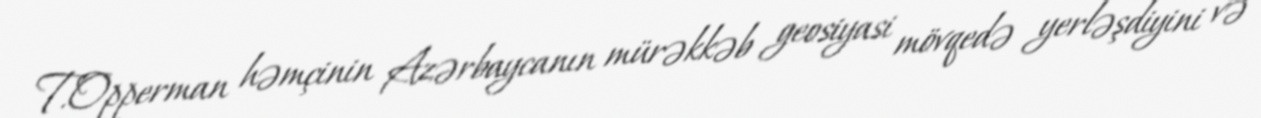
T.Opperman həmçinin Azərbaycanın mürəkkəb geosiyasi mövqedə yerləşdiyini və